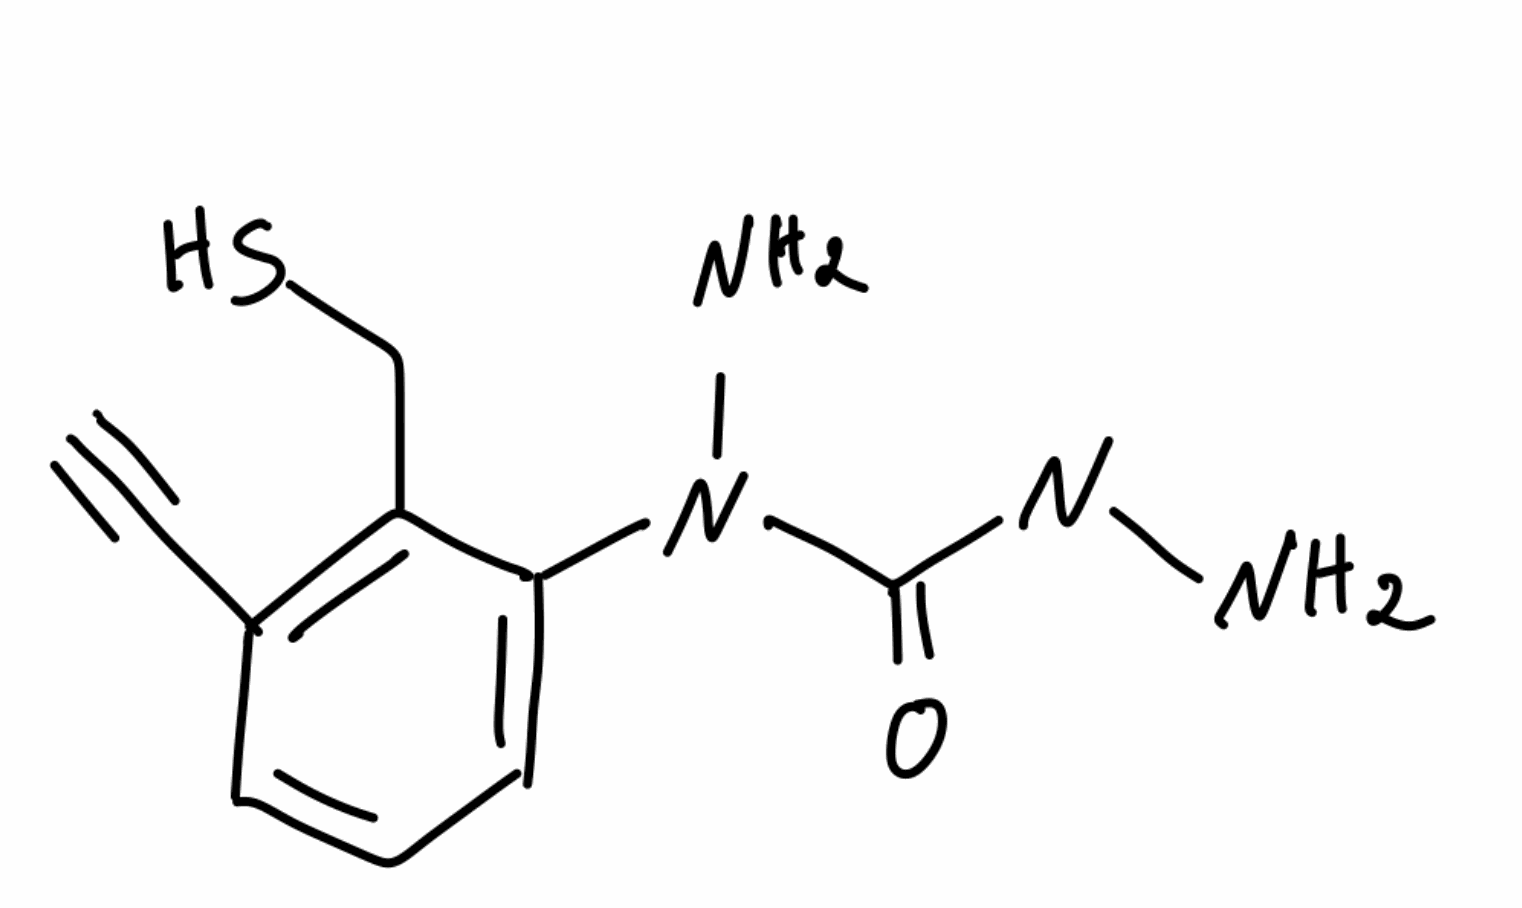
Simplified molecular-input line-entry system (SMILES) notation of the given molecule:
C#CC1=C(C(=CC=C1)N(C(=O)NN)N)CS